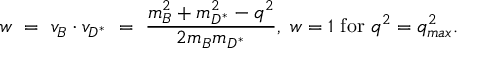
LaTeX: w ~ = ~ v _ { B } \cdot v _ { D ^ { \ast } } ~ = ~ \frac { m _ { B } ^ { 2 } + m _ { D ^ { \ast } } ^ { 2 } - q ^ { 2 } } { 2 m _ { B } m _ { D ^ { \ast } } } , ~ w = 1 ~ \mathrm { f o r } ~ q ^ { 2 } = q _ { m a x } ^ { 2 } .